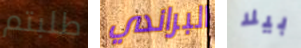
طلبتم البراندي بيلا